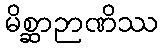
မိစ္ဆာဉာဏိဿ